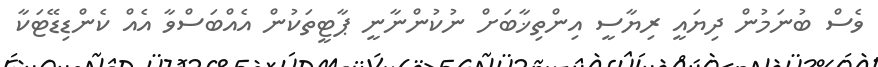
ވެސް ބުނަމުން ދިޔައީ ރިޔާސީ އިންތިޚާބަށް ނުކުންނާނީ ޕާޓީތަކުން އެއްބަސްވާ އެއް ކެންޑިޑޭޓަކާ